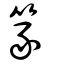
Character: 篆